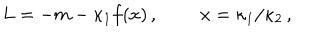
LaTeX: L = - m - \kappa _ { 1 } f ( x ) \, , \; \; x = \kappa _ { 1 } / \kappa _ { 2 } \, ,